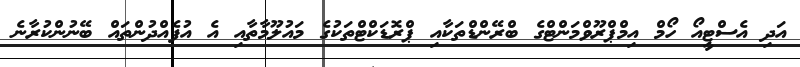
އަދި އެސްޓީއޯ ހޯމް އިމްޕްރޫވްމަންޓްގެ ބްރޭންޑްތަކާއި ޕްރޮޑަކްޓްތަކުގެ މައުލޫމާތާއި އެ އުފެއްދުންތައް ބޭނުންކުރާނެ